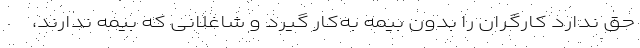
حق ندارد کارگران را بدون بیمه به‌کار گیرد و شاغلانی که بیمه ندارند،